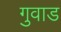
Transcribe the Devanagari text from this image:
गुवाड